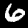
Label: 6